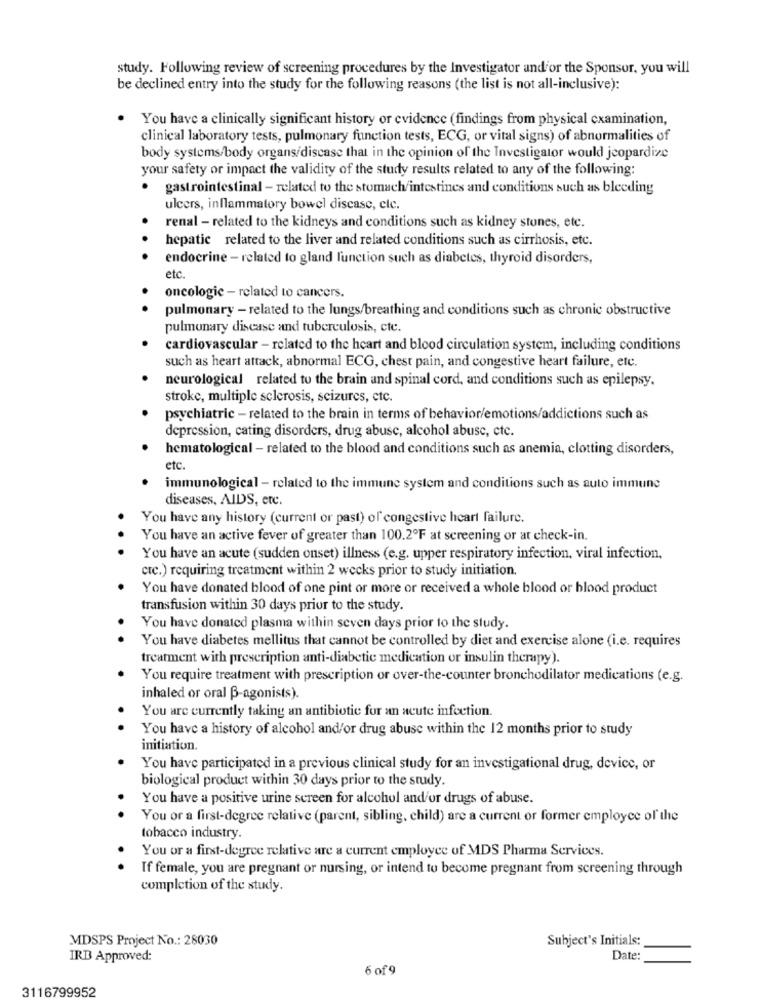
study. Following review of screening procedures by the Investigator andfor the Sponsor, you will
be declined entry into the study for the following reasons (the list is not all-inclusive):
You have a clinically significant history or evidence (findings from physical examination,
clinical laboratory tests, pulmonary function tests, ECG, or vital signs) of abnormalities of
body systems/body organs/discase that in the opinion of the Investigator would jeopardize
your safety or impact the validity of the study results related to any of the following:
gastrointestinal - related to the stomach/intestines and conditions such as bleeding
ulcers, inflammatory bowel disease, etc.
renal - related to the kidneys and conditions such as kidney stones, etc.
hepatic related to the liver and related conditions such as cirrhosis, etc.
endocrine - related to gland function such as diabetes, thyroid disorders,
etc.
oncologie - related to cancers.
pulmonary - related to the lungs/breathing and conditions such as chronic obstructive
pulmonary disease and tuberculosis, cte.
cardiovascular - related to the heart and blood circulation system, including conditions
such as heart attack, abnormal ECG, chest pain, and congestive heart failure, etc.
neurological related to the brain and spinal cord, and conditions such as epilepsy.
stroke, multiple sclerosis, seizures, etc.
psychiatric - related to the brain in terms of behavior/emotions/addictions such as
depression, cating disorders, drug abuse, alcohol abuse, etc.
hematological - related to the blood and conditions such as anemia, clotting disorders,
etc
immunological - related to the immune system and conditions such as auto immune
diseases, AIDS, etc.
You have any history (current or past) of congestive heart failure.
You have an active fever of greater than 100.2ºF at screening or at check-in.
...
You have an acute (sudden onset) illness (e.g. upper respiratory infection, viral infection,
ctc.) requiring treatment within 2 weeks prior to study initiation.
You have donated blood of one pint or more or received a whole blood or blood product
transfusion within 30 days prior to the study.
You have donated plasma within seven days prior to the study.
You have diabetes mellitus that cannot be controlled by diet and exercise alone (i.e. requires
treatment with prescription anti-diabetic medication or insulin therapy).
You require treatment with prescription or over-the-counter bronchodilator medications (e.g.
inhaled or oral B-agonists).
You are currently taking an antibiotic for an acute infection.
You have a history of alcohol and/or drug abuse within the 12 months prior to study
initiation.
You have participated in a previous clinical study for an investigational drug, device, or
biological product within 30 days prior to the study.
You have a positive urine screen for alcohol and/or drugs of abuse.
. .
You or a first-degree relative (parent, sibling, child) are a current or former employee of the
tobacco industry.
You or a first-degree relative are a current employee of MDS Pharma Services.
. .
If female, you are pregnant or nursing, or intend to become pregnant from screening through
completion of the study.
MDSPS Project No .: 28030
Subject's Initials:
IRB Approved:
Date:
6 of 9
3116799952